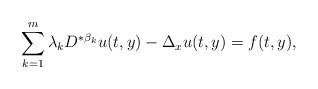
LaTeX: \begin{align*}\sum_{k=1}^{m}\lambda_{k}D^{* \beta_{k}}u(t,y) - \Delta_{x}u(t,y)=f(t,y),\end{align*}